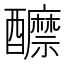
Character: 𨣽